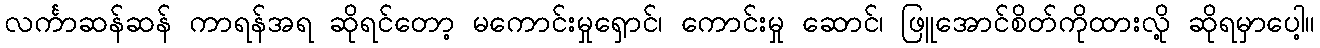
လင်္ကာဆန်ဆန် ကာရန်အရ ဆိုရင်တော့ မကောင်းမှုရှောင်၊ ကောင်းမှု ဆောင်၊ ဖြူအောင်စိတ်ကိုထားလို့ ဆိုရမှာပေါ့။